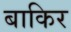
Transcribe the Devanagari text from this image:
बाकिर